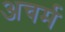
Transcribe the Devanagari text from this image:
अचर्म